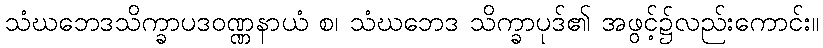
သံဃဘေဒသိက္ခာပဒဝဏ္ဏနာယံ စ၊ သံဃဘေဒ သိက္ခာပုဒ်၏ အဖွင့်၌လည်းကောင်း။